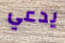
يدعي